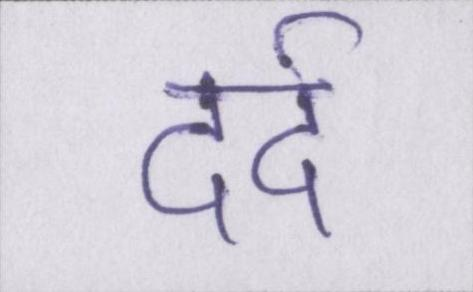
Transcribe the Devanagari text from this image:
दर्द